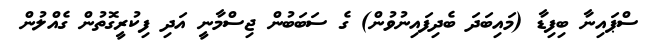
ސްޕައިނާ ބިފިޑާ (މައިބަދަ ބެދިފައިނުވުން) ގެ ސަބަބުން ޖިސްމާނީ އަދި ފިކުރީގޮތުން ގެއްލުން